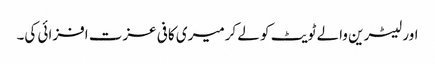
اور لیٹرین والے ٹویٹ کو لے کرمیری کافی عزت افزائی کی۔